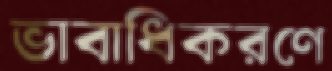
ভাবাধিকরণে